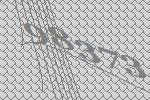
98373